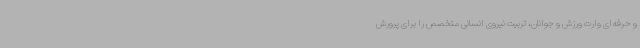
و حرفه‌ای وارت ورزش و جوانان، تربیت نیروی انسانی متخصص را برای پرورش